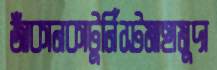
জাঁকানকাটুর্নিস্টমাহামুদা